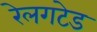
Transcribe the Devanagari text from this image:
रेलगटेड